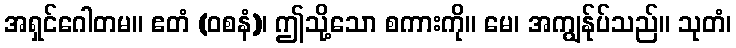
အရှင်ဂေါတမ။ ဧတံ (ဝစနံ)၊ ဤသို့သော စကားကို။ မေ၊ အကျွန်ုပ်သည်။ သုတံ၊